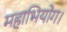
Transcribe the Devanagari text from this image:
महाभियोग।